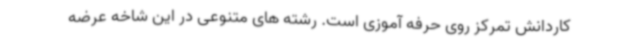
کاردانش تمرکز روی حرفه آموزی است. رشته های متنوعی در این شاخه عرضه